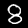
Digit: 8